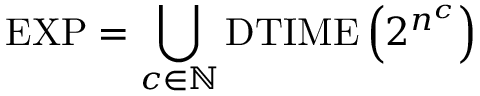
{ \mathrm { E X P } } = \bigcup _ { c \in \mathbb { N } } { \mathrm { D T I M E } } \left( 2 ^ { n ^ { c } } \right)